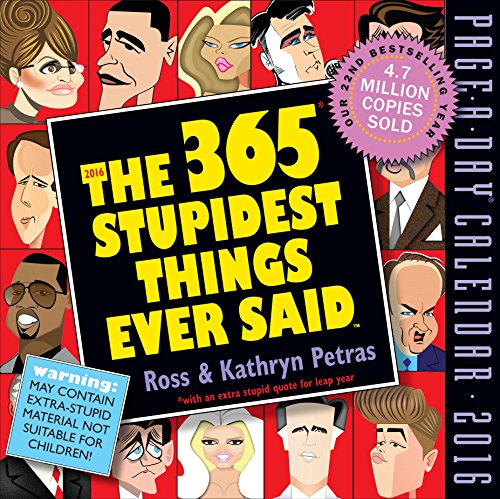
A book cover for The 365 Stupidest Things Ever Said Page-A-Day Calendar 2016; Ross and Kathryn Petras; Calendars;